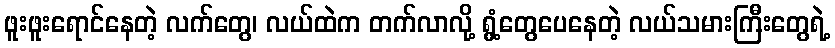
ဖူးဖူးရောင်နေတဲ့ လက်တွေ၊ လယ်ထဲက တက်လာလို့ ရွံ့တွေပေနေတဲ့ လယ်သမားကြီးတွေရဲ့